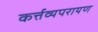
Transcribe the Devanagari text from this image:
कर्त्तव्यपरायण